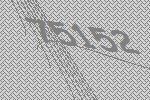
75152